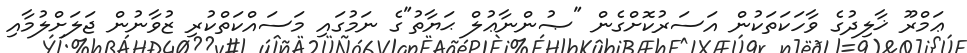
ޢަމްރޫ ޚާލިދުގެ ވާހަކަތަކުން އަސަރުކޮށްގެން "ޞުންނާޢުލް ޙަޔާތު"ގެ ނަމުގައި މަސައްކަތްކުރި ޒުވާނުން ޖަލަށްލުމާއި